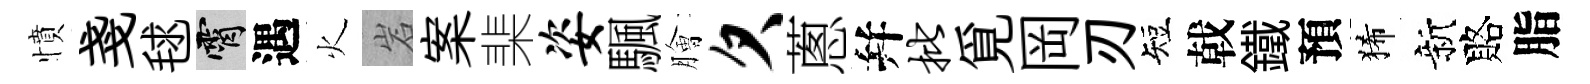
憤戔毬霄遇火岩案棐姿颿膾欠蔥幷批覓岡刃短戟鐵預狶新賂脂